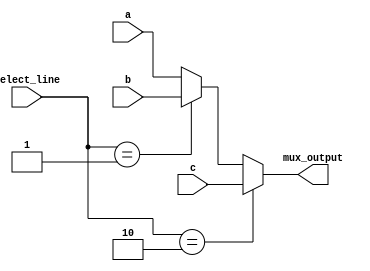
`timescale 1ns / 1ps

module Mux(
input [31:0] a,
input [31:0] b,
input [31:0] c,
input [1:0] select_line,
output reg [31:0] mux_output
    );
    
    always @(a,b,select_line)
    begin
    if(select_line ==2'b10 )
    mux_output = c;
    else if(select_line ==2'b01 )
    mux_output = b;
    else
    mux_output = a;
    end
endmodule